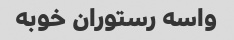
واسه رستوران خوبه